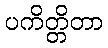
ပကိတ္တိတာ